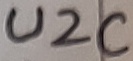
Text: U2C